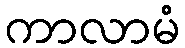
ကာလာမံ